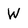
Character: W